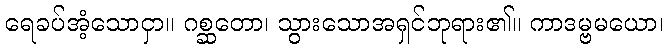
ရေခပ်အံ့သောငှာ။ ဂစ္ဆတော၊ သွားသောအရှင်ဘုရား၏။ ကာဒမ္ဗမယော၊